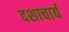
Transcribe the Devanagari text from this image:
दशाचार्य